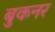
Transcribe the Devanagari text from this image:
बुकनर